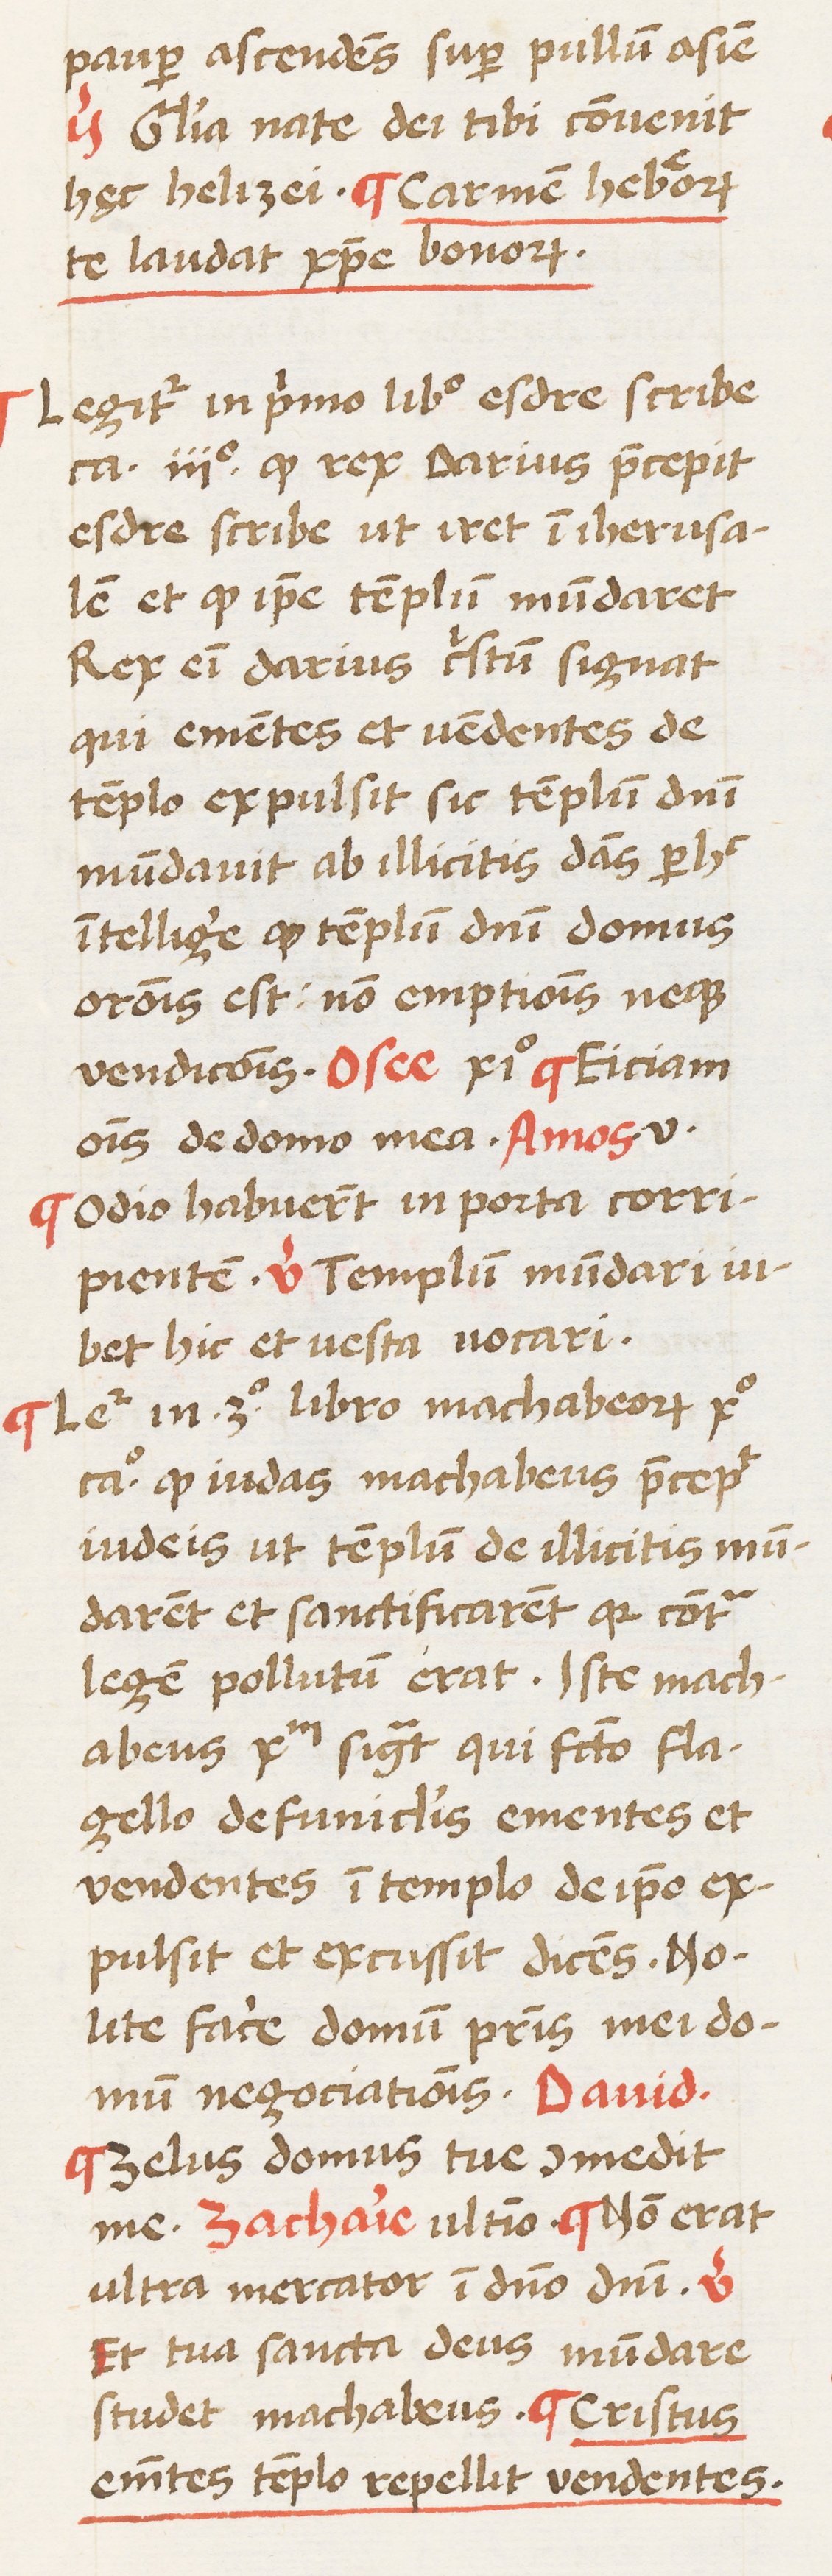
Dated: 1450–1474